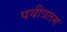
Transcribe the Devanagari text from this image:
पवीत्रतम